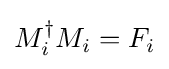
M_{i}^{\dagger }M_{i}=F_{i}